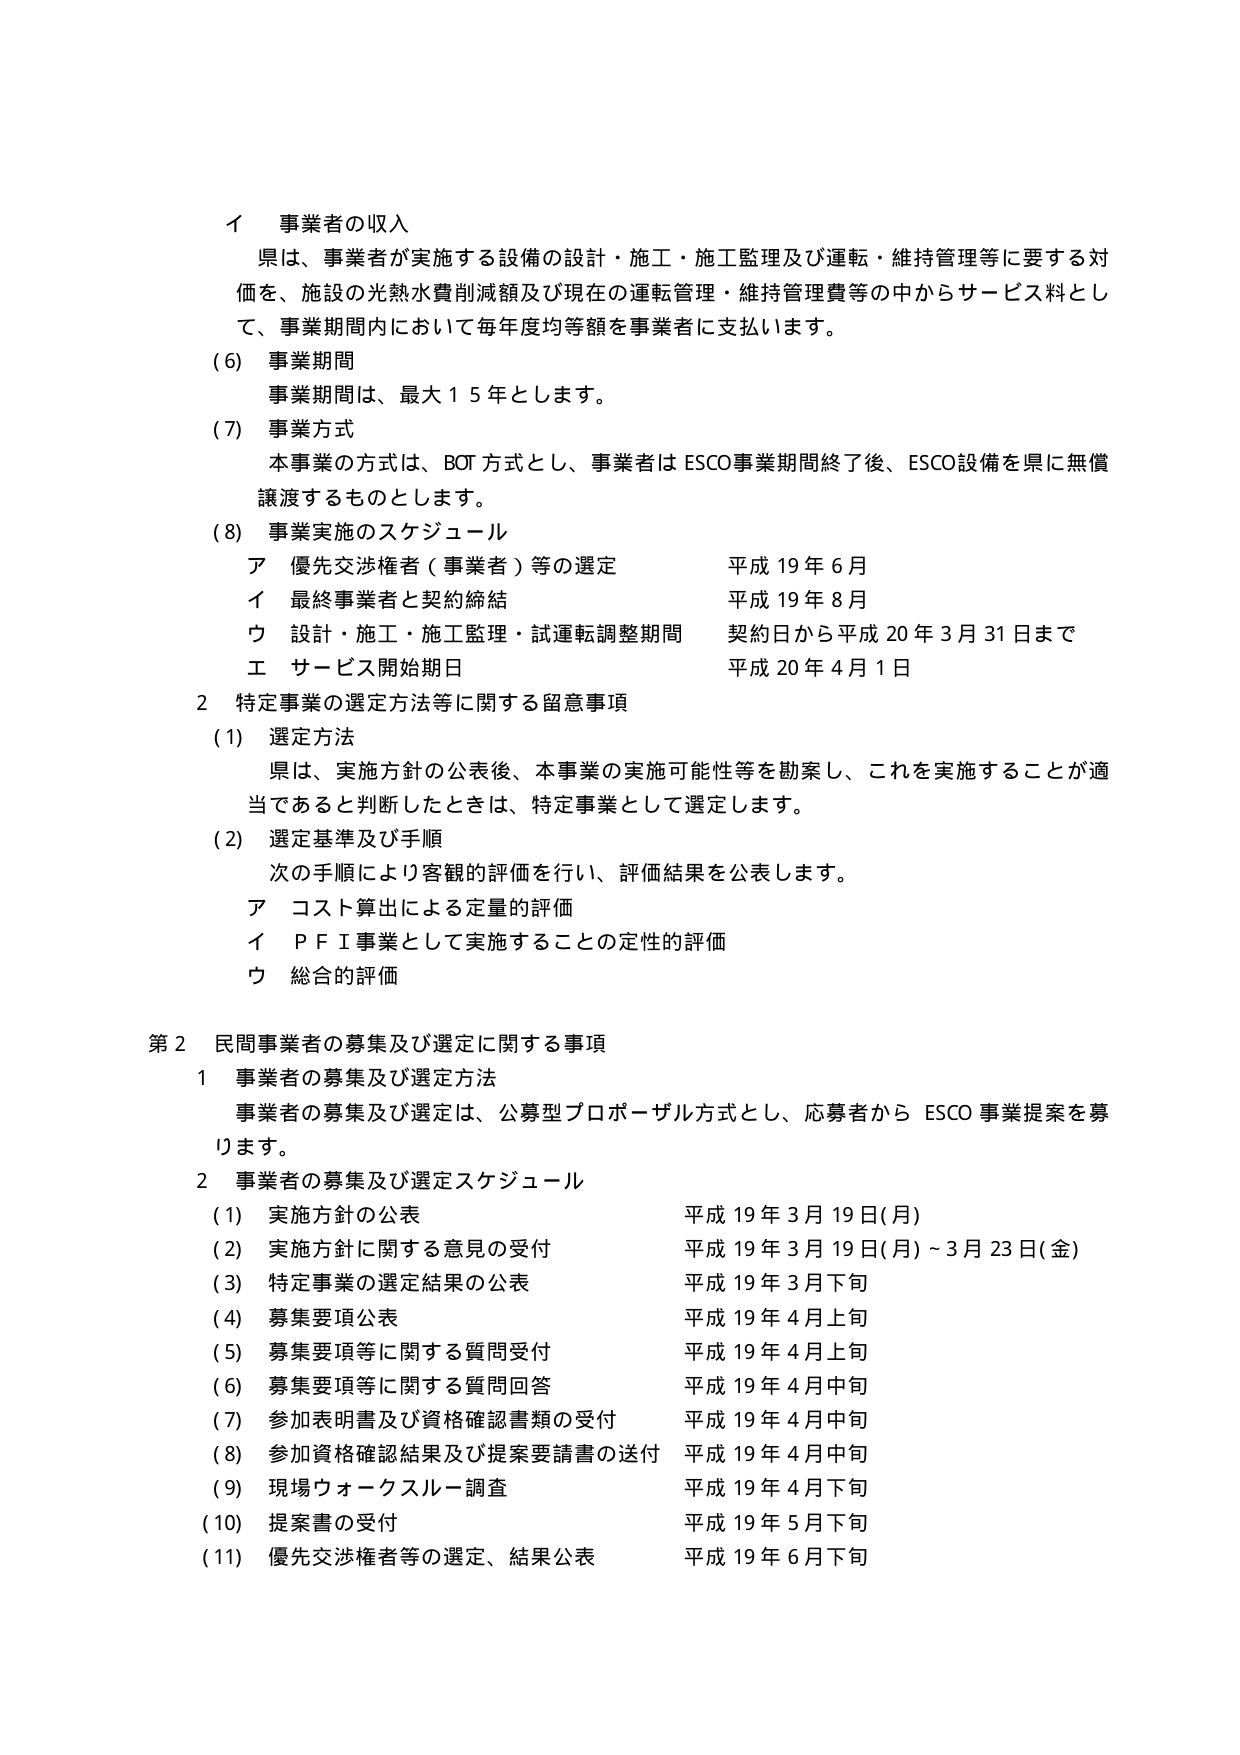
イ 事業者の収入
県は、事業者が実施する設備の設計・施工・施工監理及び運転・維持管理等に要する対価を、施設の光熱水費削減額及び現在の運転管理・維持管理費等の中からサービス料として、事業期間内において毎年度均等額を事業者に支払います。

(6) 事業期間
事業期間は、最大１５年とします。

(7) 事業方式
本事業の方式は、BOT方式とし、事業者はESCO事業期間終了後、ESCO設備を県に無償譲渡するものとします。

(8) 事業実施のスケジュール
ア 優先交渉権者（事業者）等の選定 平成19年6月
イ 最終事業者と契約締結 平成19年8月
ウ 設計・施工・施工監理・試運転調整期間 契約日から平成20年3月31日まで
エ サービス開始期日 平成20年4月1日

2 特定事業の選定方法等に関する留意事項
(1) 選定方法
県は、実施方針の公表後、本事業の実施可能性等を勘案し、これを実施することが適当であると判断したときは、特定事業として選定します。

(2) 選定基準及び手順
次の手順により客観的評価を行い、評価結果を公表します。
ア コスト算出による定量的評価
イ PFI事業として実施することの定性的評価
ウ 総合的評価

第2 民間事業者の募集及び選定に関する事項
1 事業者の募集及び選定方法
事業者の募集及び選定は、公募型プロポーザル方式とし、応募者からESCO事業提案を募ります。

2 事業者の募集及び選定スケジュール
(1) 実施方針の公表 平成19年3月19日(月)
(2) 実施方針に関する意見の受付 平成19年3月19日(月)～3月23日(金)
(3) 特定事業の選定結果の公表 平成19年3月下旬
(4) 募集要項公表 平成19年4月上旬
(5) 募集要項等に関する質問受付 平成19年4月上旬
(6) 募集要項等に関する質問回答 平成19年4月中旬
(7) 参加表明書及び資格確認書類の受付 平成19年4月中旬
(8) 参加資格確認結果及び提案要請書の送付 平成19年4月中旬
(9) 現場ウォークスルー調査 平成19年4月下旬
(10) 提案書の受付 平成19年5月下旬
(11) 優先交渉権者等の選定、結果公表 平成19年6月下旬